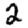
Digit: 2